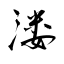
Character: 溇